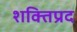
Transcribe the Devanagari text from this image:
शक्तिप्रद